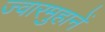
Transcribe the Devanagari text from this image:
ज्वारमुहानें